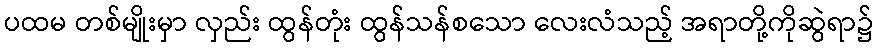
ပထမ တစ်မျိုးမှာ လှည်း ထွန်တုံး ထွန်သန်စသော လေးလံသည့် အရာတို့ကိုဆွဲရာ၌